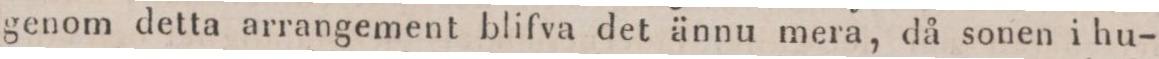
genom detta arrangement blifva det ännu mera, då sonen i hu-